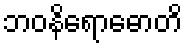
ဘဝနိရောဓောတိ